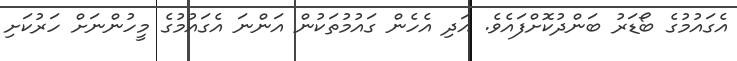
އެގައުމުގެ ބޯޑަރު ބަންދުކޮށްފައެވެ. އަދި އެހެން ގައުމުތަކުން އަންނަ އެގައުމުގެ މީހުންނަށް ހަރުކަށި